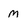
Character: M